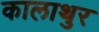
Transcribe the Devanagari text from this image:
कालाथुर